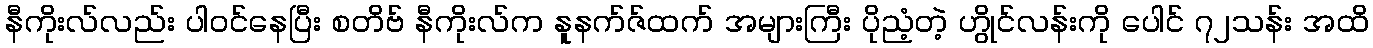
နီကိုးလ်လည်း ပါဝင်နေပြီး စတိဗ် နီကိုးလ်က နူနက်ဇ်ထက် အများကြီး ပိုညံ့တဲ့ ဟွိုင်လန်းကို ပေါင် ၇၂သန်း အထိ